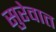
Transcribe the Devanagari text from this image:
सुरेवात